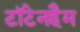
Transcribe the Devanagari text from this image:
टॉटेनहैम